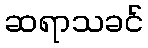
ဆရာသခင်